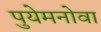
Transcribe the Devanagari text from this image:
पुयेमनोवा